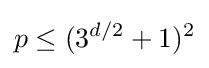
p\leq (3^{d/2}+1)^{2}